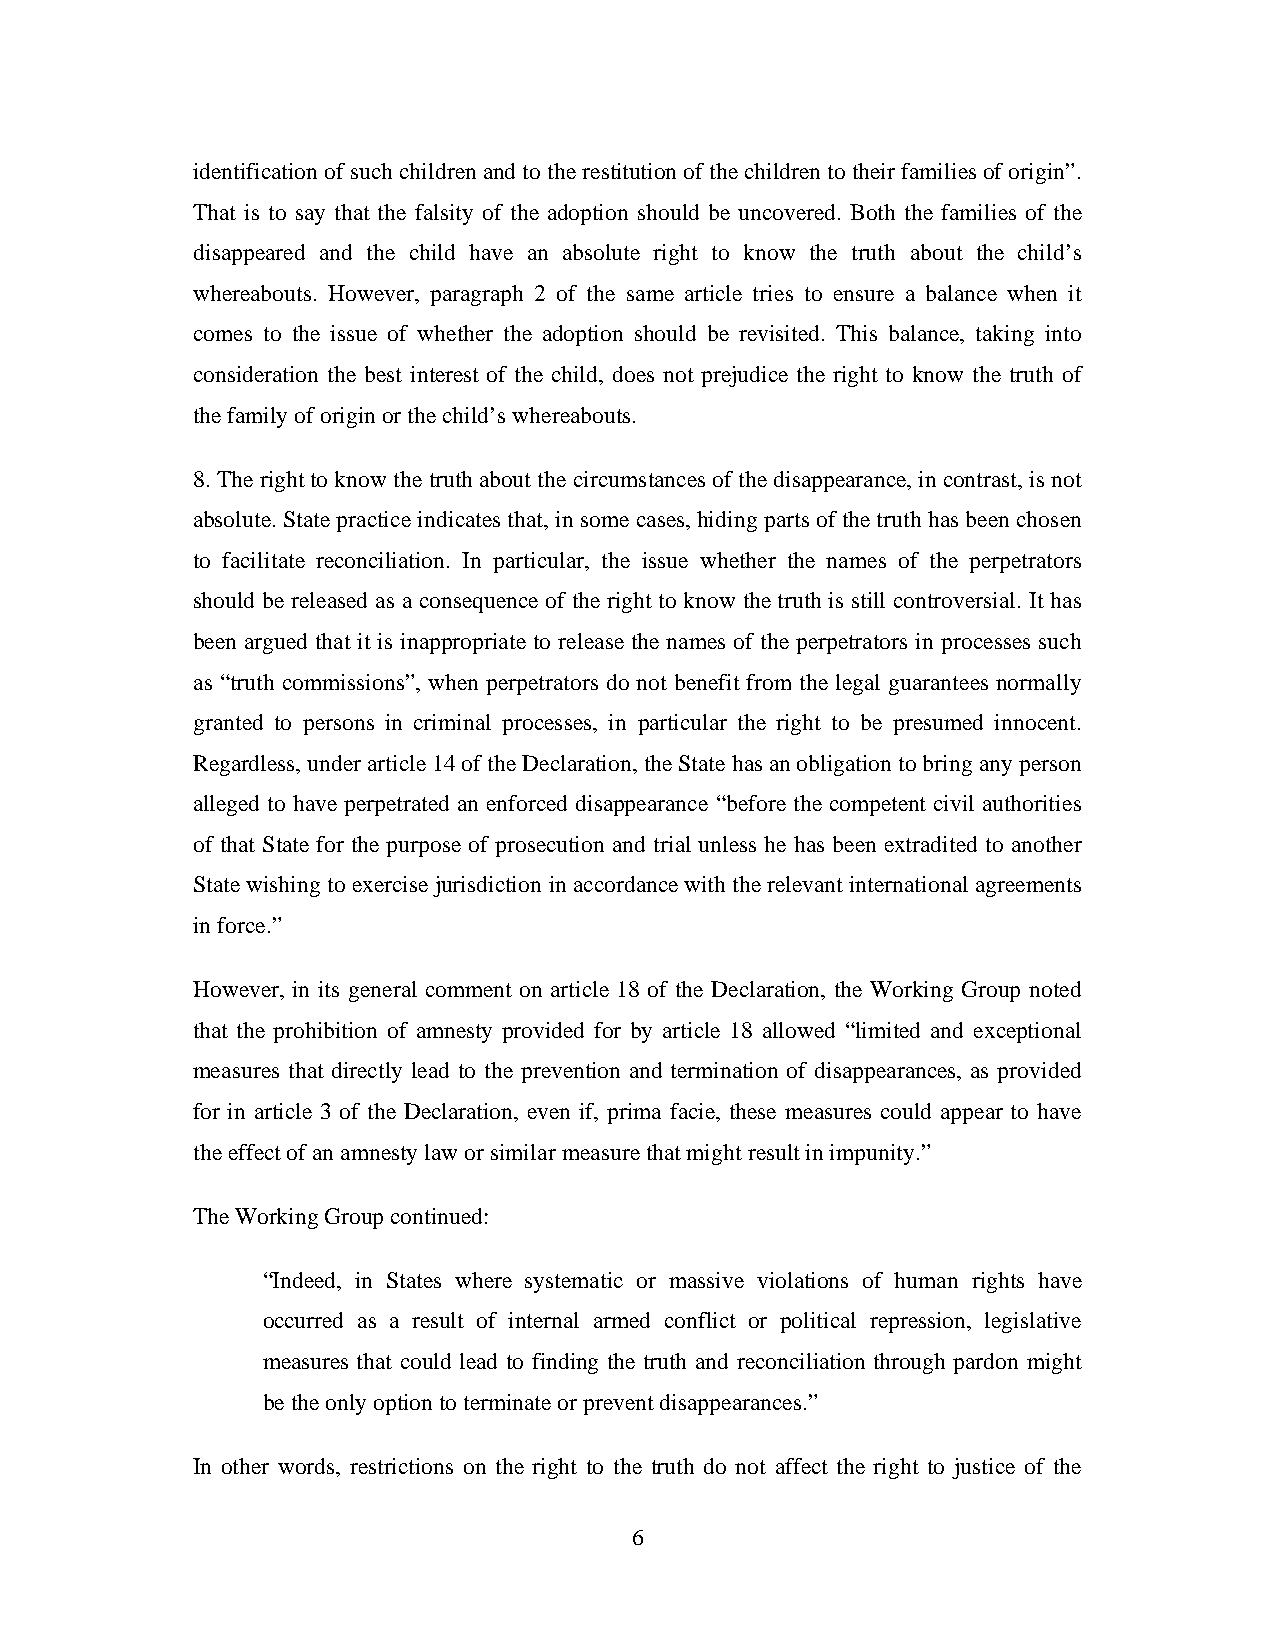
identification of such children and to the restitution of the children to their families of origin”.
 That is to say that the falsity of the adoption should be uncovered. Both the families of the
 disappeared and the child have an absolute right to know the truth about the child’s
 whereabouts. However, paragraph 2 of the same article tries to ensure a balance when it
 comes to the issue of whether the adoption should be revisited. This balance, taking into
 consideration the best interest of the child, does not prejudice the right to know the truth of
 the family of origin or the child’s whereabouts.
 8. The right to know the truth about the circumstances of the disappearance, in contrast, is not
 absolute. State practice indicates that, in some cases, hiding parts of the truth has been chosen
 to facilitate reconciliation. In particular, the issue whether the names of the perpetrators
 should be released as a consequence of the right to know the truth is still controversial. It has
 been argued that it is inappropriate to release the names of the perpetrators in processes such
 as “truth commissions”, when perpetrators do not benefit from the legal guarantees normally
 granted to persons in criminal processes, in particular the right to be presumed innocent.
 Regardless, under article 14 of the Declaration, the State has an obligation to bring any person
 alleged to have perpetrated an enforced disappearance “before the competent civil authorities
 of that State for the purpose of prosecution and trial unless he has been extradited to another
 State wishing to exercise jurisdiction in accordance with the relevant international agreements
 in force.”
 However, in its general comment on article 18 of the Declaration, the Working Group noted
 that the prohibition of amnesty provided for by article 18 allowed “limited and exceptional
 measures that directly lead to the prevention and termination of disappearances, as provided
 for in article 3 of the Declaration, even if, prima facie, these measures could appear to have
 the effect of an amnesty law or similar measure that might result in impunity.”
 The Working Group continued:
 “Indeed, in States where systematic or massive violations of human rights have
 occurred as a result of internal armed conflict or political repression, legislative
 measures that could lead to finding the truth and reconciliation through pardon might
 be the only option to terminate or prevent disappearances.”
 In other words, restrictions on the right to the truth do not affect the right to justice of the
 6